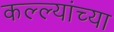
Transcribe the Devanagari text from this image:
कल्ल्यांच्या